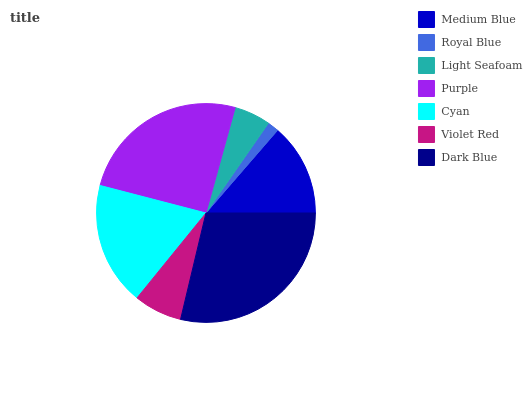
| Medium Blue | Royal Blue | Light Seafoam | Purple | Cyan | Violet Red | Dark Blue |
 | --- | --- | --- | --- | --- | --- | --- |
 | 13.7% | 1.69% | 5.37% | 25.3% | 18.2% | 7.14% | 28.7% |